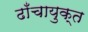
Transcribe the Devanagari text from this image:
ढाँचायुक्त